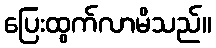
ပြေးထွက်လာမိသည်။